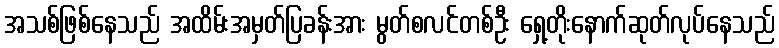
အသစ်ဖြစ်နေသည် အထိမ်းအမှတ်ပြခန်းအား မွတ်စလင်တစ်ဦး ရှေ့တိုးနောက်ဆုတ်လုပ်နေသည်